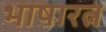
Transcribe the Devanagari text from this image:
भाषारत्न